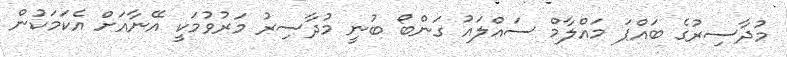
މުދާސިރުގެ ބައްޕަ މައްލާމް ސައްލައު ގަންބޯ ބުނީ މުދާސިރު މަރުވުމަކީ އޭނާއަށް އެކަމަކުން